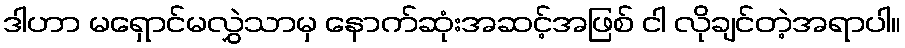
ဒါဟာ မရှောင်မလွှဲသာမှ နောက်ဆုံးအဆင့်အဖြစ် ငါ လိုချင်တဲ့အရာပါ။